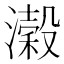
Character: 濲